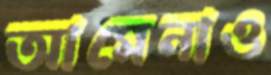
আমেনাও